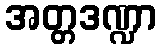
အတ္တဒဏ္ဍာ